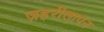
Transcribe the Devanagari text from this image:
ज़हरीलापन